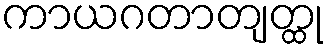
ကာယဂတာတျတ္ထု